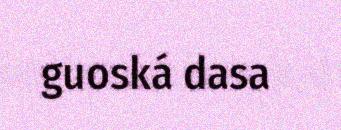
guoská dasa